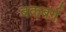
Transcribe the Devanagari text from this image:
बकबर्ग